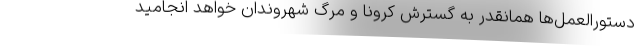
دستورالعمل‌ها همانقدر به گسترش کرونا و مرگ شهروندان خواهد انجامید